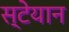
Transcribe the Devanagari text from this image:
स्टेयान